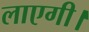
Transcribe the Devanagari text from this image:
लाएगी।